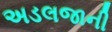
અડલજાની